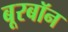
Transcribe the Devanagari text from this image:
बूरबॉन